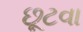
છૂટવા